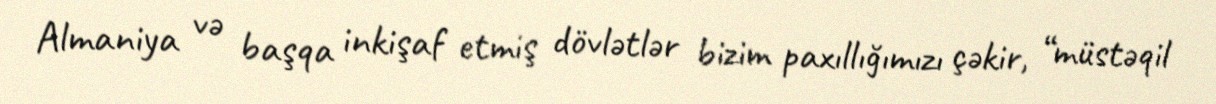
Almaniya və başqa inkişaf etmiş dövlətlər bizim paxıllığımızı çəkir, “müstəqil